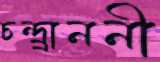
চন্দ্র্রাননী